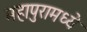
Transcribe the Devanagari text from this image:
महापुरामध्ये